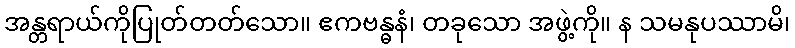
အန္တရာယ်ကိုပြုတ်တတ်သော။ ဧကဗန္ဓနံ၊ တခုသော အဖွဲ့ကို။ န သမနုပဿာမိ၊